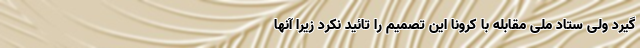
گیرد ولی ستاد ملی مقابله با کرونا این تصمیم را تائید نکرد زیرا آنها